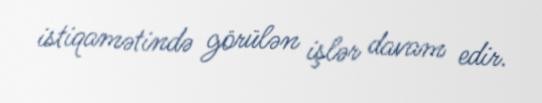
istiqamətində görülən işlər davam edir.